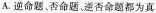
A.逆命题、否命题、逆否命题都为真